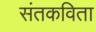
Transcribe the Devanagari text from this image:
संतकविता